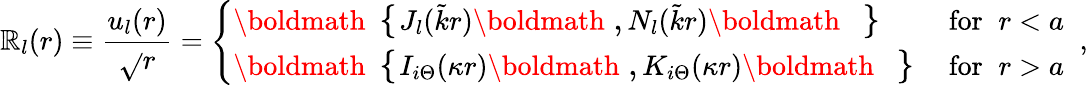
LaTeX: \mathbb{R}_{l}(r)\equiv\frac{{u_{l}(r)}}{{\sqrt{}{{r}}}}=\left\{ \begin{array}{lr}{{\mathrm{\boldmath\large~\left\{ ~\right.~}\! \! \! J_{l}(\tilde{k}r)\mathrm{\boldmath\large~,~}\! \! N_{l}(\tilde{k}r)\mathrm{\boldmath\large~\left.~\right\} ~}\! \! \; }}&{{\textrm{for}\; \; r<a}}\\ {{\mathrm{\boldmath\large~\left\{ ~\right.~}\! \! \! I_{i\Theta}(\kappa r)\mathrm{\boldmath\large~,~}\! \! K_{i\Theta}(\kappa r)\mathrm{\boldmath\large~\left.~\right\} ~}\! \! \; }}&{{\textrm{for}\; \; r>a}}\end{array}\right.\; \; ,